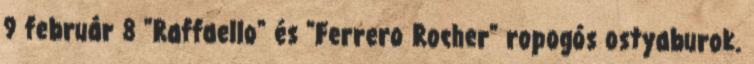
9 február 8 "Raffaello" és "Ferrero Rocher" ropogós ostyaburok.